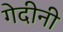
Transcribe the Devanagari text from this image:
गेदीनी